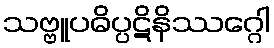
သဗ္ဗူပဓိပ္ပဋိနိဿဂ္ဂေါ